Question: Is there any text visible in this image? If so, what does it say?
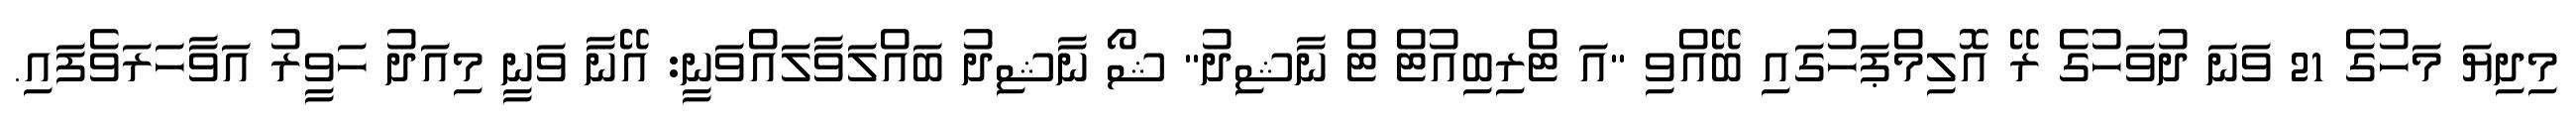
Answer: މިދިޔަ މަހުގެ 21 ވަނަ ދުވަހުގެ ރޭ އޮލިމްޕަހުގައި ބޭއްވި "އަ ޓްރިބިއުޓް ޓް ނާޝިދު" ޝޯ ނާޝިދު ބައްލަވާލައްވަނީ: އޭނާ ވަނީ މިއަދު ހަވީރު އަވާހަރަވެފައި.